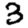
Digit: 3